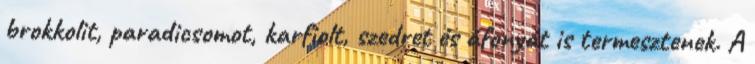
brokkolit, paradicsomot, karfiolt, szedret és áfonyát is termesztenek. A